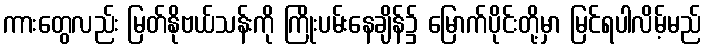
ကားတွေလည်း မြတ်နိုဗယ်သန်းကို ကြိုးပမ်းနေချိန်၌ မြောက်ပိုင်းတို့မှာ မြင်ရပါလိမ့်မည်